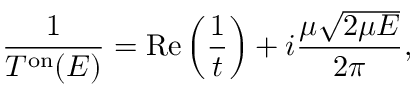
\frac { 1 } { T ^ { \mathrm { o n } } ( E ) } = \mathrm { R e } \left( \frac { 1 } { t } \right) + i \frac { \mu \sqrt { 2 \mu E } } { 2 \pi } ,